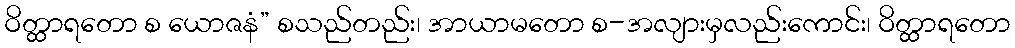
ဝိတ္ထာရတော စ ယောဇနံ” စသည်တည်း၊ အာယာမတော စ-အလျားမှလည်းကောင်း၊ ဝိတ္ထာရတော